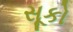
સૂકો